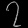
Digit: ၇